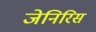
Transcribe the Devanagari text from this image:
जेनिरिस